Leaving Certificate Examination, 1905
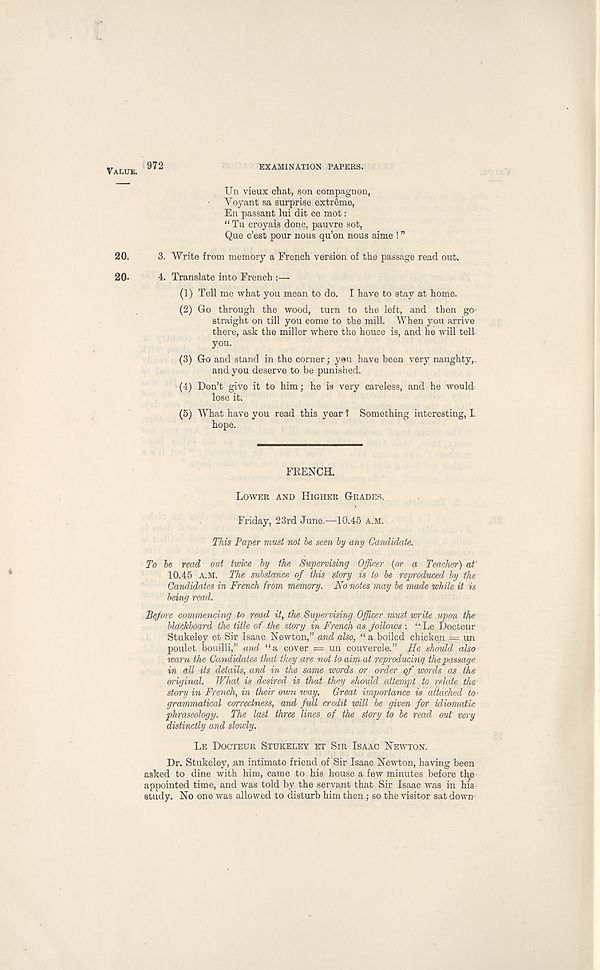
972
EXAMINATION PAPERS.
Un vieux chat, son compagnon,
Yoyant sa surprise extreme,
En passant lui dit ce mot:
“ Tu croyais done, pauvre sot,
Que e’est pour nous qu’on nous aime ! ”
3. Write from memory a French version of the passage read out.
4. Translate into French :—
(1) Tell me what you mean to do. I have to stay at home.
(2) Go through the wood, turn to the left, and then go
straight on till you come to the mill. When you arrive
there, ask the miller where the house is, and he will tell
you.
(3) Go and stand in the corner; you have been very naughty,.
and you deserve to be punished.
(4) Don’t give it to him; he is very careless, and he would
lose it.
(5) What have you read this year ? Something interesting, L
hope.
FRENCH.
LOWER AND HIGHER GRADES.
Friday, 23rd June.—10.45 A.M.
This Paper must not be seen by any Candidate.
To be read out twice by the Supervising Officer (or a Teacher) at
10.45 A.M. The substance of this story is to be reproduced by the
Candidates in French from memory. No notes may be made while it is
being read.
Before commencing to read it, the Supervising Officer must write upon the
blackboard the title of the story in French as follows : “Le Docteur
Stukeley et Sir Isaac Newton,” and also, “ a boiled chicken = un
poulet bouilli,” and “a cover = un couvercle.” He should also
warn the Candidates thed they are not to aim at reproducing the passage
in all its details, and in the same words or order of words as the
original. What is desired is that they should attempt to relate the
story in French, in their own ivay. Great importance is attached to-
grammatical correctness, and full credit will be given for idiomatic
phraseology. The last three lines of the story to be read out' very
distinctly and slowly.
LE DOCTEUR STUKELEY ET SIR ISAAC NEWTON.
Dr. Stukeley, .an intimate friend of Sir Isaac Newton, having been
asked to dine with him, came to his house a few minutes before thp
appointed time, and was told by the servant that Sir Isaac was in his
study. No one was allowed to disturb him then; so the visitor sat down